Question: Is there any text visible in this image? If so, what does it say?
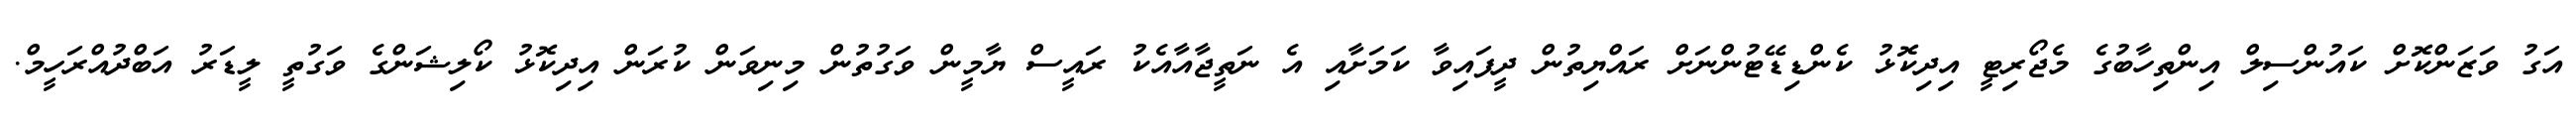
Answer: އަގު ވަޒަންކޮށް ކައުންސިލް އިންތިހާބުގެ މެޖޯރިޓީ އިދިކޮޅު ކެންޑިޑޭޓުންނަށް ރައްޔިތުން ދީފައިވާ ކަމަށާއި އެ ނަތީޖާއާއެކު ރައީސް ޔާމީން ވަގުތުން މިނިވަން ކުރަން އިދިކޮޅު ކޯލިޝަންގެ ވަގުތީ ލީޑަރު އަބްދުއްރަހީމް.